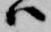
ハ